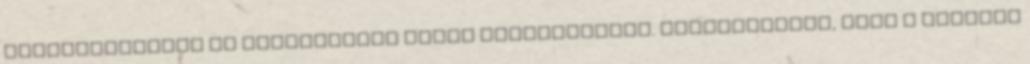
létesítményben és kvalifikált edzők segítségével. Hangsúlyozta, hogy a sportot